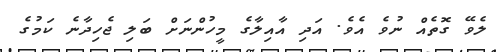
ލެވޭ ގޮތެއް ނުވެ އެވެ. އަދި އާއިލާގެ މީހުންނަށް ބަލި ޖެހިދާނެ ކަމުގެ